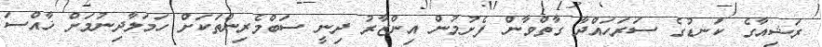
ރަޝިއާގެ ކަނޑުގެ ސަރަހައްދާ ގާތްވާން ފެށުމުން އިންޒާރު ދިނީ ސަބްމެރިންތަކަށް ހަމަލާދިނުމަށް ޚާއްސަ